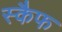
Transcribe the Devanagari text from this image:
स्कैफ